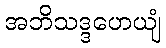
အဘိသဒ္ဒဟေယျံ